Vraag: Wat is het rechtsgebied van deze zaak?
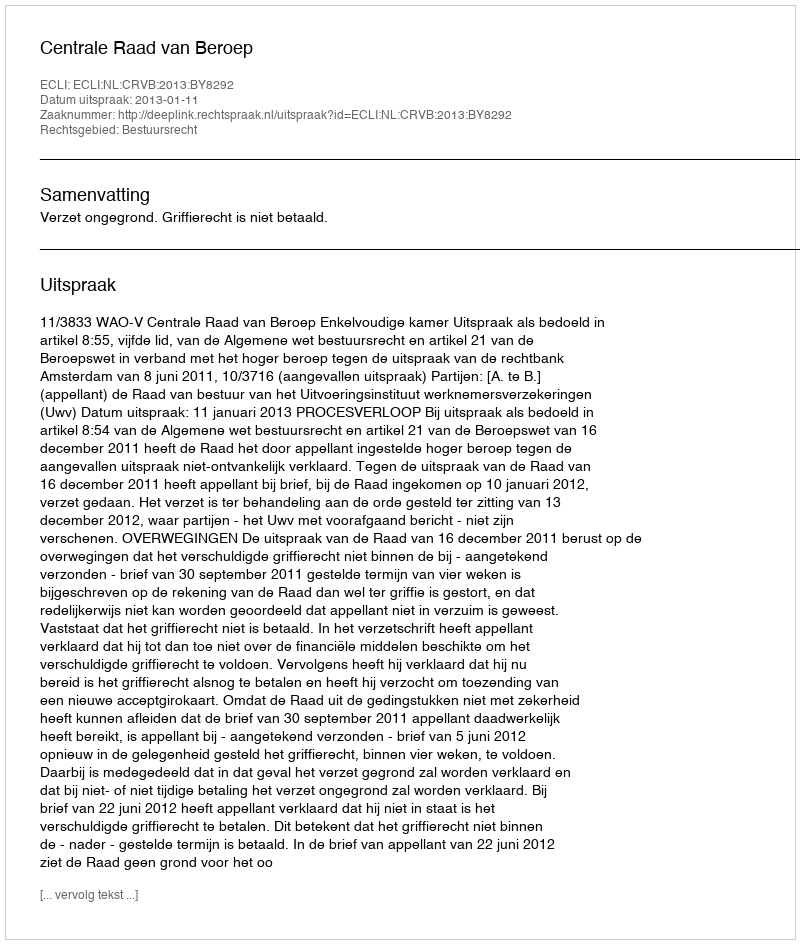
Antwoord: Bestuursrecht